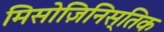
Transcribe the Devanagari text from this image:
मिसोज़िनिस्तिक